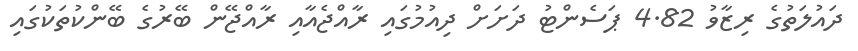
ދައުލަތުގެ ރިޒާވު 4.82 ޕަސެންޓު ދަށަށް ދިއުމުގައި ރާއްޖެއާއި ރާއްޖޭން ބޭރުގެ ބޭންކުތަކުގައި